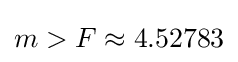
m>F\approx 4.52783